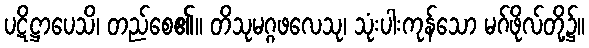
ပဋိဋ္ဌာပေသိ၊ တည်စေ၏။ တိသုမဂ္ဂဖလေသု၊ သုံးပါးကုန်သော မဂ်ဖိုလ်တို့၌။